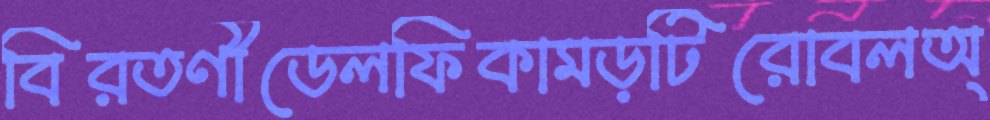
বিরতণীডেলফিকামড়টিরোবলঅ্